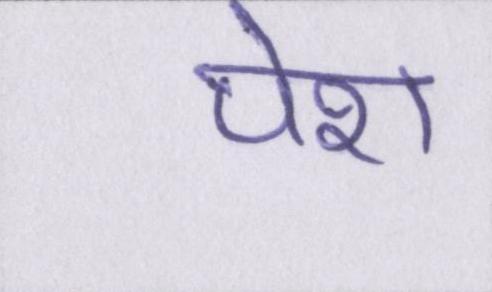
पेश